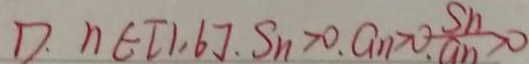
D . n \in [ 1 , 6 ] . S _ { n } > 0 . a _ { n } > 0 . \frac { S _ { n } } { a _ { n } } > 0